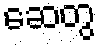
ဆေတွ